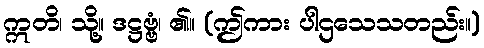
ဣတိ၊ သို့။ ဒဋ္ဌဗ္ဗံ၊ ၏။ (ဤကား ပါဌသေသတည်း။)